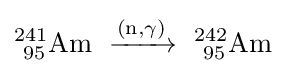
\mathrm {^{241}_{\ 95}Am\ \xrightarrow {(n,\gamma )} \ _{\ 95}^{242}Am}